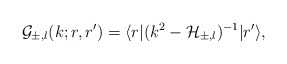
\begin{align*}{\cal G}_{\pm,l} (k;r,r') = \langle r|(k^2 - {\cal H}_{\pm,l})^{-1}|r' \rangle,\end{align*}